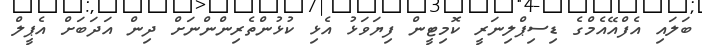
ބަލައި އެފްއޭއެމްގެ ޑިސިޕްލިނަރީ ކޮމިޓީން ފިޔަވަޅު އެޅި ކުޅުންތެރިންންނަށް ދިން އަދަބަށް އެޕީލް